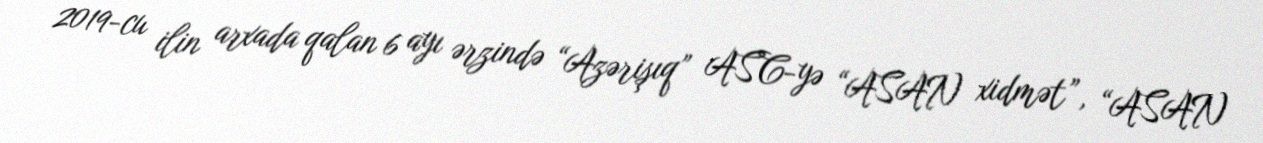
2019-cu ilin arxada qalan 6 ayı ərzində “Azərişıq” ASC-yə “ASAN xidmət”, “ASAN